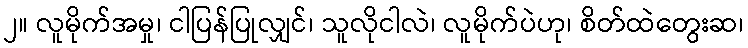
၂။ လူမိုက်အမှု၊ ငါပြန်ပြုလျှင်၊ သူလိုငါလဲ၊ လူမိုက်ပဲဟု၊ စိတ်ထဲတွေးဆ၊